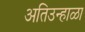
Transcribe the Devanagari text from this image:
अतिउन्हाळा